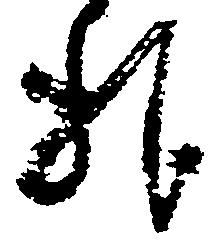
様